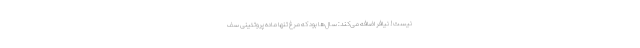
نیست! نیافر اضافه می‌کند: سال‌ها بود که مرغ تنها ماده پروتئینی سف